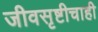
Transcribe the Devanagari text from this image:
जीवसृष्टीचाही